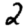
Digit: 2